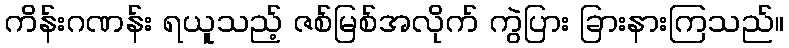
ကိန်းဂဏန်း ရယူသည့် ဇစ်မြစ်အလိုက် ကွဲပြား ခြားနားကြသည်။